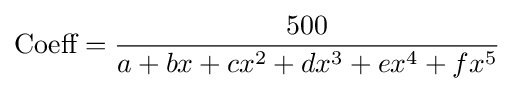
{\text{Coeff}}={\frac {500}{a+bx+cx^{2}+dx^{3}+ex^{4}+fx^{5}}}